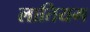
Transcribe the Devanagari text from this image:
लातियम